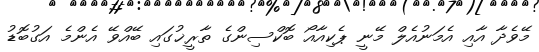
މޭވެދާ އާއި އެމަނުއެލް މޭނީ ޕެކިއާއޯ ބޮކްސިންގެ ތާރީޚުގައި ބޭއްވޭ އެންމެ އަގުބޮޑު